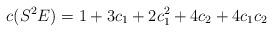
LaTeX: \begin{align*}c(S^2E) = 1+3c_1 + 2c_1^2 + 4c_2 + 4c_1c_2\end{align*}